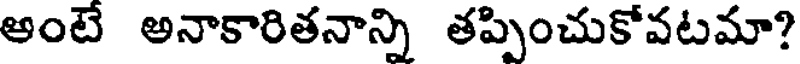
అంటే అనాకారితనాన్ని తప్పించుకోవటమా?